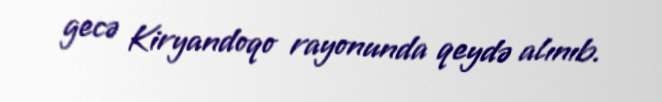
gecə Kiryandoqo rayonunda qeydə alınıb.